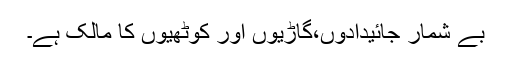
بے شمار جائیدادوں،گاڑیوں اور کوٹھیوں کا مالک ہے۔